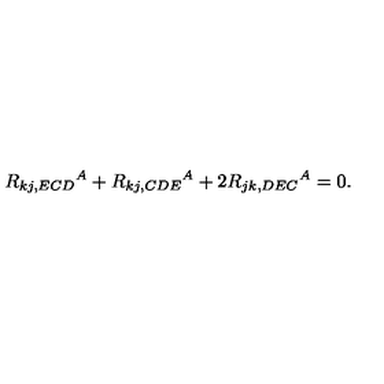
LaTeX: R _ { k j , E C D } { } ^ { A } + R _ { k j , C D E } { } ^ { A } + 2 R _ { j k , D E C } { } ^ { A } = 0 .